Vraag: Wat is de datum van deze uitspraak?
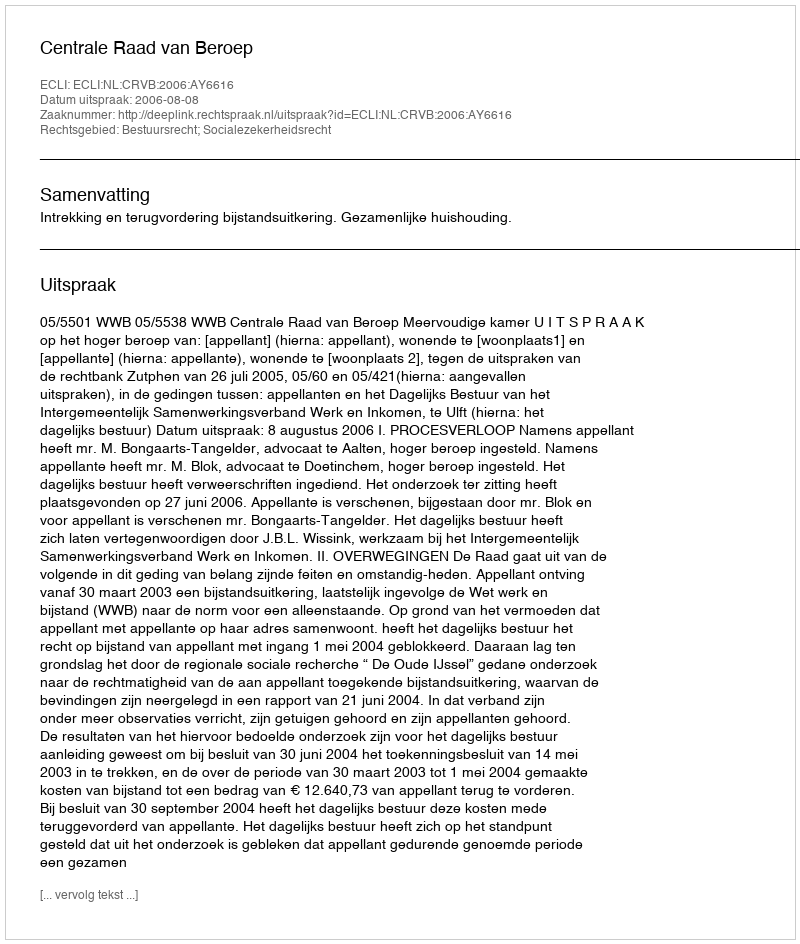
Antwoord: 2006-08-08